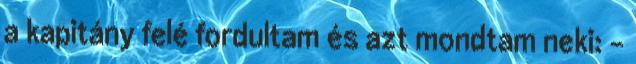
a kapitány felé fordultam és azt mondtam neki: -